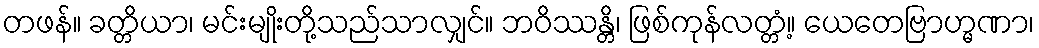
တဖန်။ ခတ္တိယာ၊ မင်းမျိုးတို့သည်သာလျှင်။ ဘဝိဿန္တိ၊ ဖြစ်ကုန်လတ္တံ့။ ယေတေဗြာဟ္မဏာ၊